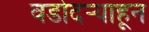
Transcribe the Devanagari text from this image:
वडोदऱ्याहून